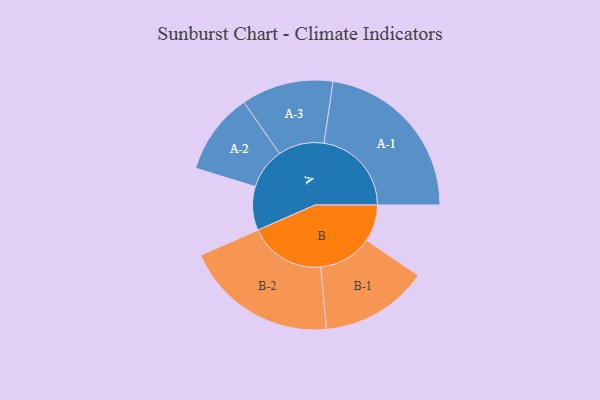
{"axis": {"x": "Segment", "y": "Value"}, "legend": ["", "A", "B"], "data": [{"x": "A", "y": 137, "type": ""}, {"x": "B", "y": 115, "type": ""}, {"x": "A-1", "y": 274, "type": "A"}, {"x": "A-2", "y": 128, "type": "A"}, {"x": "A-3", "y": 144, "type": "A"}, {"x": "B-1", "y": 169, "type": "B"}, {"x": "B-2", "y": 240, "type": "B"}]}